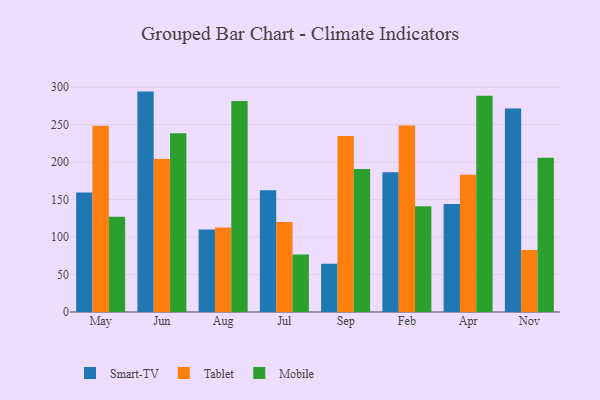
{"axis": {"x": "Month", "y": "Page Views"}, "legend": ["Mobile", "Smart-TV", "Tablet"], "data": [{"x": "May", "y": 159.4, "type": "Smart-TV"}, {"x": "May", "y": 248.4, "type": "Tablet"}, {"x": "May", "y": 126.9, "type": "Mobile"}, {"x": "Jun", "y": 294.0, "type": "Smart-TV"}, {"x": "Jun", "y": 204.2, "type": "Tablet"}, {"x": "Jun", "y": 238.6, "type": "Mobile"}, {"x": "Aug", "y": 110.0, "type": "Smart-TV"}, {"x": "Aug", "y": 112.7, "type": "Tablet"}, {"x": "Aug", "y": 281.5, "type": "Mobile"}, {"x": "Jul", "y": 162.3, "type": "Smart-TV"}, {"x": "Jul", "y": 119.9, "type": "Tablet"}, {"x": "Jul", "y": 76.8, "type": "Mobile"}, {"x": "Sep", "y": 64.4, "type": "Smart-TV"}, {"x": "Sep", "y": 234.7, "type": "Tablet"}, {"x": "Sep", "y": 190.6, "type": "Mobile"}, {"x": "Feb", "y": 186.4, "type": "Smart-TV"}, {"x": "Feb", "y": 248.9, "type": "Tablet"}, {"x": "Feb", "y": 141.0, "type": "Mobile"}, {"x": "Apr", "y": 143.9, "type": "Smart-TV"}, {"x": "Apr", "y": 183.1, "type": "Tablet"}, {"x": "Apr", "y": 288.3, "type": "Mobile"}, {"x": "Nov", "y": 271.4, "type": "Smart-TV"}, {"x": "Nov", "y": 82.7, "type": "Tablet"}, {"x": "Nov", "y": 205.9, "type": "Mobile"}]}